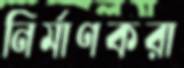
নির্মাণকরা